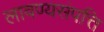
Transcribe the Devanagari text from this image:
लावण्यसंपत्ति